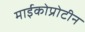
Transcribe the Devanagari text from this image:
माईकोप्रोटीन